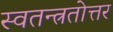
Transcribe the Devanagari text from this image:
स्वतन्त्रतोत्तर